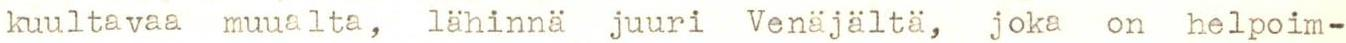
kuultavaa muualta, lähinnä juuri Venäjältä, joka on helpoim-